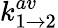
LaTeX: k_{1\rightarrow 2}^{av}